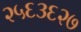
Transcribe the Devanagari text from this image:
२५६३६२७